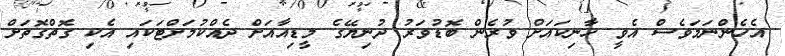
އެހެންނަމަވެސް އެވީ ހާނިކައަށް ވުރެން ބޮޑުވަރު ދުނިޔޭގެ މީޑިއާއަށް ދެއްކުމަށްޓަކައި އެކި ގޮތްގޮތަށް